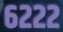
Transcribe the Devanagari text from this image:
६२२२